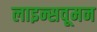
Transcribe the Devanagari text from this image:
लाइन्सवूमन